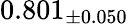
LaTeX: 0.801_{\pm 0.050}